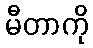
မီတာကို